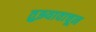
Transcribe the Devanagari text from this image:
तुझ्यावाचून